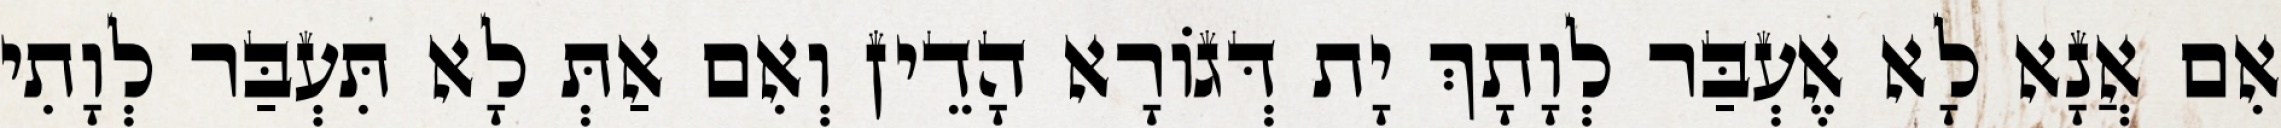
אִם אֲנָא לָא אֶעְבַּר לְוָתָךְ יָת דְּגוֹרָא הָדֵין וְאִם אַתְּ לָא תִּעְבַּר לְוָתִי